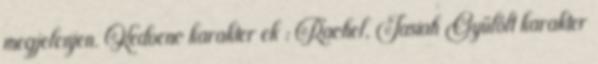
megjelenjen. Kedvenc karakter ek : Rachel, Iasiah Gyűlölt karakter